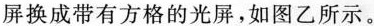
屏换成带有方格的光屏，如图乙所示。